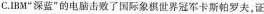
C.IBM”深蓝”的电脑击败了国际象棋世界冠军卡斯帕罗夫，证